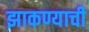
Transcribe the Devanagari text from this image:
झाकण्याची